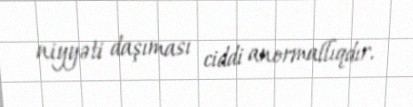
niyyəti daşıması ciddi anormallıqdır.